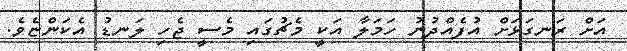
އަށް ރަނގަޅަށް އުފެއްދުނު ހަމަލާ އަކީ މެޗުގައި މެސީ ޖެހި ލަނޑު އެކަންޏެވެ.